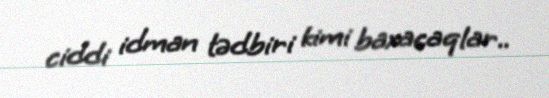
ciddi idman tədbiri kimi baxacaqlar..